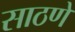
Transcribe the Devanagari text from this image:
साठणे